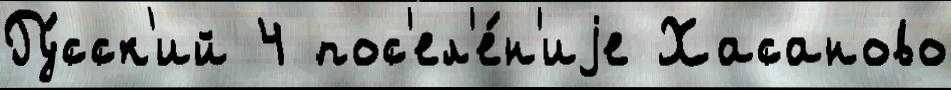
Ру́сск'ий 4 пос'ел'е́н'иjе Хасаново